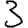
Digit: 3